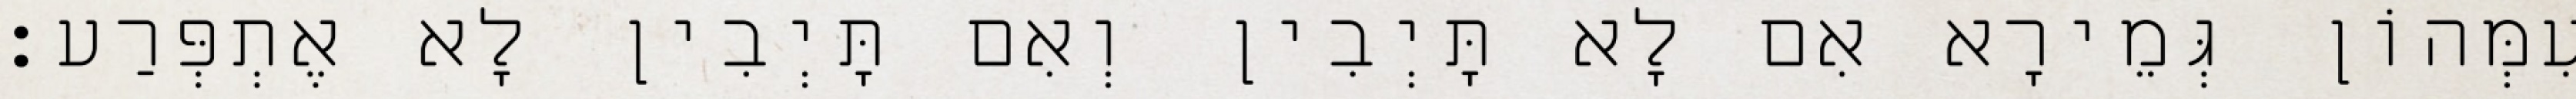
עִמְּהוֹן גְּמֵירָא אִם לָא תָּיְבִין וְאִם תָּיְבִין לָא אֶתְפְּרַע׃